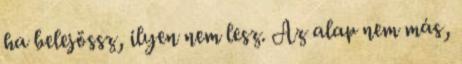
ha belejössz, ilyen nem lesz. Az alap nem más,